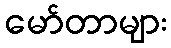
မော်တာများ